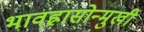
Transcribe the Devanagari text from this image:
भावह्रासोन्मुखी